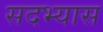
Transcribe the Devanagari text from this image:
सदभ्यास